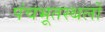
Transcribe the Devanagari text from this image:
पंचभूतस्थलों